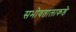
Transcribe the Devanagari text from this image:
सभोवतालाकडे